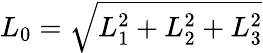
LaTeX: \begin{array}{r}{L_{0}=\sqrt{L_{1}^{2}+L_{2}^{2}+L_{3}^{2}}}\end{array}